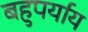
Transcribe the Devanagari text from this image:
बहुपर्याय